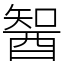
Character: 䣽